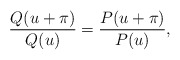
\begin{align*}\frac{Q(u+\pi)}{Q(u)}=\frac{P(u+\pi)}{P(u)},\end{align*}